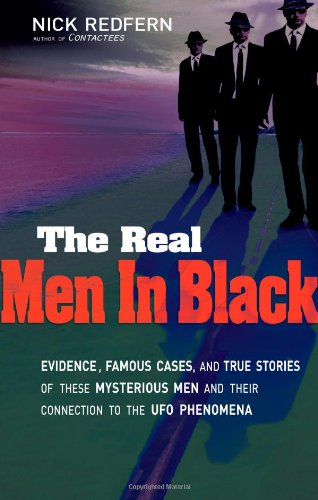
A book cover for The Real Men In Black: Evidence, Famous Cases, and True Stories of These Mysterious Men and their Connection to UFO Phenomena; Nick Redfern; Science & Math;